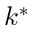
k ^ { * }